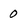
Character: 0